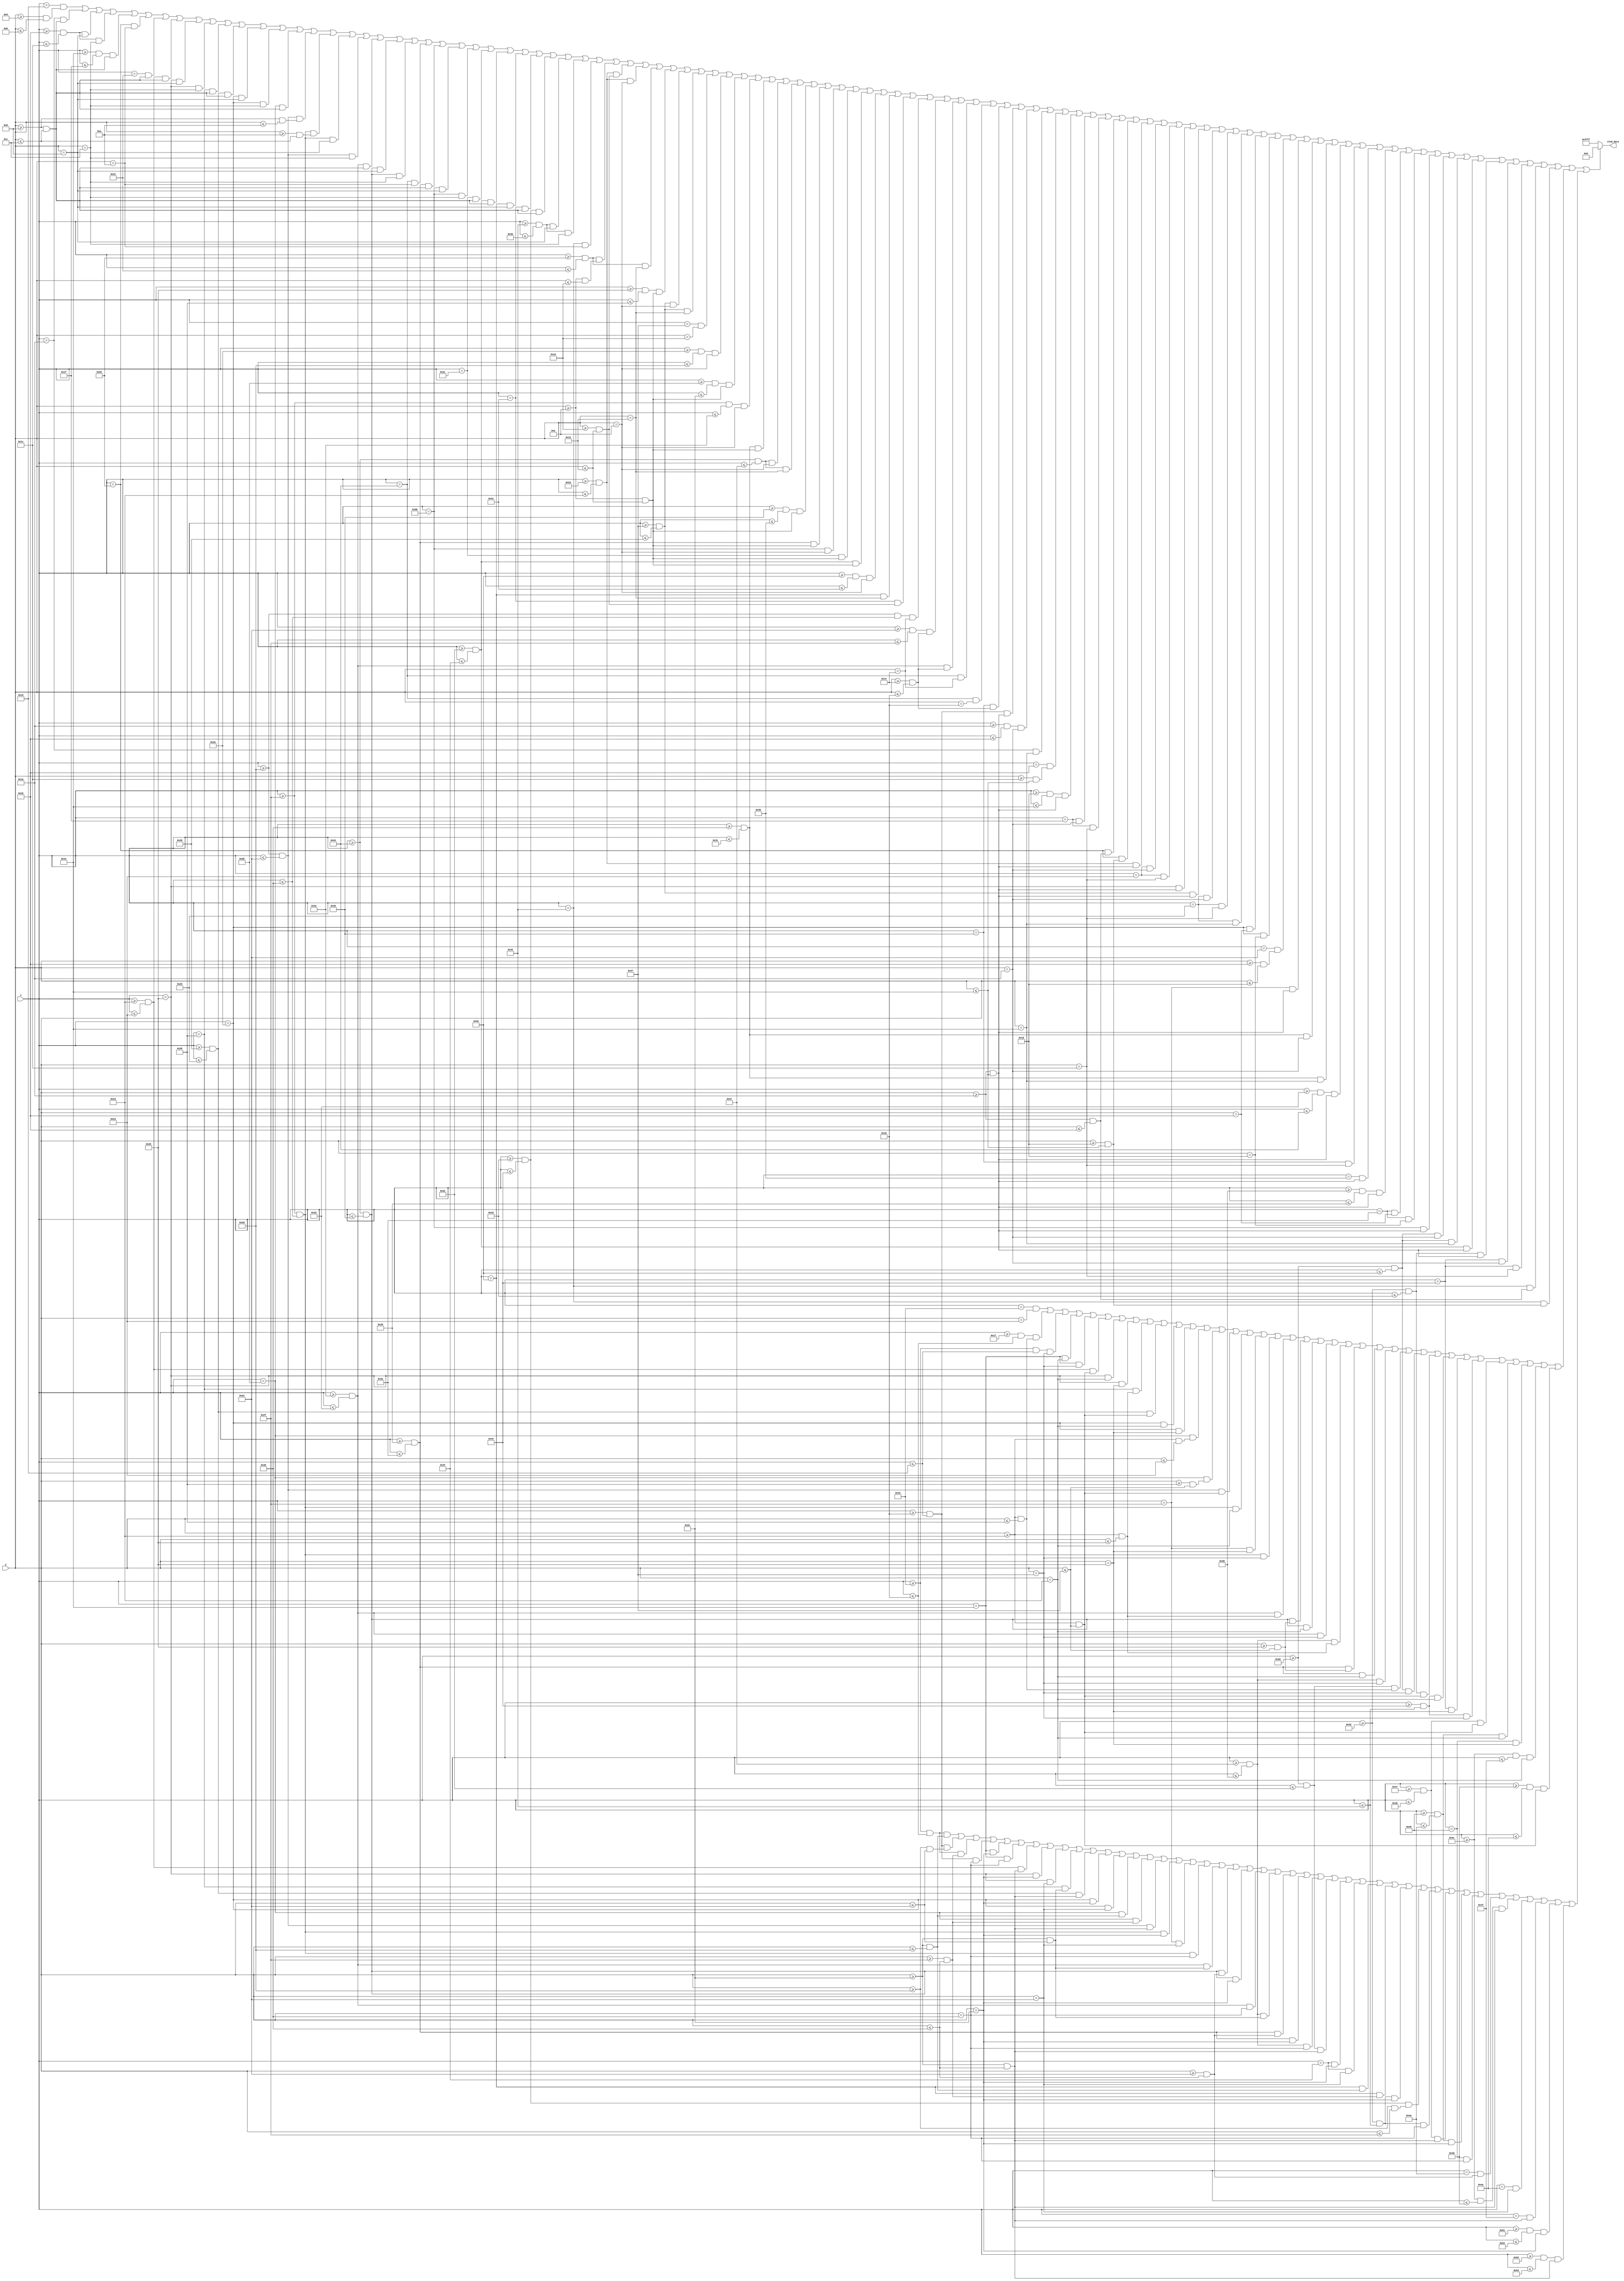
module Settings(
  input [6:0] x,
  input [5:0] y,
  output reg [15:0] oled_data
);

//Define constant as local parameter
//Colour display
localparam GREEN = 16'h07E0;
localparam ORANGE = 16'hFFE0; //Yellow
localparam RED = 16'hF800;
localparam BLACK = 16'h0000;
localparam PURPLE = 16'hF81F;
localparam YELLOW = 16'hFC00;    
localparam BLUE = 16'h001F;
localparam WHITE = 16'hFFFF;
localparam CYAN = 16'hF81F;
localparam MAGENTA = 16'hF81F;
localparam BROWN = 16'h8204;
localparam SKYBLUE = 16'h5FFF;    

    //Choice
    wire ASK = ((x == 25) && (y >= 9 && y <= 11)) || ((x == 26) && (y >= 8 && y <= 12)) || ((x >= 27 && x <= 28) && (y == 8)) || ((x >= 27 && x <= 28) && (y == 12)) ||
               ((x >= 30 && x <= 31) && (y >= 8 && y <= 12)) || ((x == 32) && (y == 10)) || ((x == 33) && (y >= 8 && y <= 12)) ||
               ((x >= 35 && x <= 36) && (y >= 8 && y <= 12)) || ((x == 37) && (y == 8)) || ((x == 37) && (y == 12)) || ((x == 38) && (y >= 8 && y <= 12)) ||
               ((x >= 40 && x <= 41) && (y >= 8 && y <= 12)) || ((x == 42) && (y == 8)) || ((x == 42) && (y == 12)) || ((x == 43) && (y >= 8 && y <= 12)) ||
               ((x >= 45 && x <= 46) && (y >= 8 && y <= 10)) || ((x >= 47 && x <= 48) && (y >= 10 && y <= 12)) || ((x >= 47 && x <= 48) && (y == 8)) || ((x >= 45 && x <= 46) && (y == 12)) ||
               ((x >= 50 && x <= 51) && (y >= 8 && y <= 12)) || ((x >= 52 && x<= 53) && (y == 8)) || ((x >= 52 && x <= 53) && (y == 12)) || ((x == 52) && (y == 10)) ||
               ((x >= 57 && x <= 58) && (y >= 8 && y <= 12)) || ((x == 59) && (y == 8)) || ((x == 59) && (y == 12)) || ((x == 60) && (y >= 8 && y <= 12)) ||
               ((x >= 62 && x <= 63) && (y >= 8 && y <= 12)) || ((x == 64) && (y == 8)) || ((x == 65) && (y >= 8 && y <= 12)) || 
               ((x >= 67 && x <= 68) && (y >= 8 && y <= 12)) || ((x >= 69 && x <= 70) && (y == 8)) || ((x >= 69 && x <= 70) && (y == 12)) || ((x == 69) && (y == 10)) ||
               
               ((x >= 32 && x <= 33) && (y >= 14 && y <= 16)) || ((x >= 34 && x <= 35) && (y >= 16 && y <= 18)) || ((x >= 34 && x <= 35) && (y == 14)) || ((x >= 32 && x <= 33) && (y == 18)) ||
               ((x >= 37 && x <= 38) && (y >= 14 && y <= 18)) || ((x >= 39 && x <= 40) && (y == 14)) || ((x >= 39 && x <= 40) && (y == 18)) || ((x == 39) && (y == 16)) ||
               ((x >= 42 && x <= 45) && (y == 14)) || ((x >= 43 && x <= 44) && (y >= 14 && y <=18)) ||
               ((x >= 47 && x <= 50) && (y == 14)) || ((x >= 48 && x <= 49) && (y >= 14 && y <= 18)) || 
               ((x >= 52 && x <= 55) && (y == 14)) || ((x >= 52 && x <= 55) && (y == 18)) || ((x >= 53 && x <= 54) && (y >= 14 && y <= 18)) ||
               ((x >= 57 && x <= 58) && (y >= 14 && y <= 18)) || ((x == 59 && y == 14)) || ((x == 60) && (y >= 14 && y <= 18)) || 
               ((x >= 62 && x <= 63) && (y >= 14 && y <= 18)) || ((x >= 64 && x <= 65) && (y == 14)) || ((x == 64) && (y == 18)) || ((x == 65) && (y >= 16 && y <= 18)) || 
               
               ((x >= 45 && x <= 48) && (y == 20)) || ((x >= 46 && x <= 47) && (y >= 20 && y <= 24)) ||
               ((x >= 50 && x <= 51) && (y >= 20 && y <= 24)) || ((x == 52) && (y == 20)) || ((x == 52) && (y == 24)) || ((x == 53) && (y >= 20 && y <= 24)) ||
               
               ((x >= 24 && x <= 25) && (y >= 26 && y <= 30)) || ((x >= 26 && x <= 27) && (y == 26)) || ((x == 26) && (y == 30)) || ((x == 27) && (y >= 28 && y <= 30)) ||
               ((x >= 29 && x <= 30) && (y >= 26 && y <= 30)) || ((x == 31) && (y == 26)) || ((x == 31) && (y == 28)) || ((x == 32) && (y >= 26 && y <= 27)) || ((x == 32) && (y >= 29 && y <= 30)) ||
               ((x >= 34 && x <= 35) && (y >= 26 && y <= 30)) || (( x == 36) && (y == 26)) || ((x == 36) && (y == 28)) || ((x == 37) && (y >= 26 && y <= 30)) ||
               ((x >= 39 && x <= 40) && (y >= 26 && y <= 30)) || ((x == 41) && (y == 26)) || ((x == 41) && (y == 28)) || ((x == 41) && (y == 30)) || ((x == 42) && (y == 27)) || ((x == 42) && (y == 29)) ||
                     
               ((x == 46) && (y >= 27 && y <= 29)) || ((x == 47) && (y >= 26 && y <= 30)) || ((x >= 48 && x <= 49) && (y == 26)) || ((x >= 48 && x <= 49) && (y == 30)) ||
               ((x >= 51 && x <= 52) && (y >= 26 && y <= 30)) || ((x == 53) && (y == 28)) || ((x == 54) && (y >= 26 && y <= 30)) ||
               ((x >= 56 && x <= 57) && (y >= 26 && y <= 30)) || ((x == 58) && (y == 27)) || ((x == 58) && (y == 29)) || ((x == 59) && (y >= 26 && y <= 30)) ||
               ((x >= 61 && x <= 64) && (y == 26)) || ((x >= 61 && x <= 64) && (y == 30)) || ((x >= 62 && x <= 63) && (y >= 26 && y <= 30)) ||
               ((x >= 66 && x <= 67) && (y >= 26 && y <= 30)) || ((x == 68) && (y == 26)) || ((x == 68) && (y == 28)) || ((x == 69) && (y >= 26 && y <= 27)) || ((x == 69) && (y >= 29 && y <= 30));
                     
wire one1 = ((x == 22) && (y == 36)) || ((x >= 23 && x <= 24) && (y >= 35 && y <= 38)) || ((x >= 22 && x <= 25) && (y == 39)) || 
            
            ((x == 30) && (y == 35)) || ((x == 30) && (y == 39)) ||
            
            ((x >= 35 && x <= 36) && (y >= 35 && y <= 39)) || ((x == 37) && (y == 35)) || ((x == 37) && (y == 37)) || ((x == 38) && (y >= 35 && y <= 37)) || 
            ((x >= 40 && x <= 41) && (y >= 35 && y <= 39)) || ((x == 42) && (y == 35)) || ((x == 42) && (y == 37)) || ((x == 43) && (y >= 35 && y <= 36)) || ((x == 43) && (y >= 38 && y <= 39)) ||
            ((x >= 45 && x <= 46) && (y >= 35 && y <= 39))|| ((x >= 47 && x <= 48) && (y == 35)) || ((x == 47) && (y == 37)) || ((x >= 47 && x <= 48) && (y == 39)) ||
            ((x >= 50 && x <= 51) && (y >= 35 && y <= 37)) || ((x >= 52 && x <= 53) && (y >= 37 && y <= 39)) || ((x >= 52 && x <= 53) && (y == 35)) || ((x >= 50 && x <= 51) && (y == 39)) ||
            ((x >= 55 && x <= 56) && (y >= 35 && y <= 37)) || ((x >= 57 && x <= 58) && (y >= 37 && y <= 39)) || ((x >= 57 && x <= 58) && (y == 35)) || ((x >= 55 && x <= 56) && (y == 39)) ||
            
            ((x >= 61 && x <= 62) && (y >= 35 && y <= 38)) || ((x >= 61 && x <= 64) && (y == 39)) || 
            ((x >= 66 && x <= 67) && (y >= 35 && y <= 39))|| ((x >= 68 && x <= 69) && (y == 35)) || ((x == 68) && (y == 37)) || ((x >= 68 && x <= 69) && (y == 39)) ||
            ((x >= 71 && x <= 72) && (y >= 35 && y <= 39))|| ((x >= 73 && x <= 74) && (y == 35)) || ((x == 73) && (y == 37)) ||
            ((x >= 76 && x <= 79) && (y == 35)) || ((x >= 77 && x <= 78) && (y >= 35 && y <= 39));  
            
                     
wire two2 = ((x >= 22 && x <= 24) && (y >= 44 && y <= 45)) || ((x >= 24 && x <= 25) && (y >= 45 && y <= 46)) || ((x >= 22 && x <= 24) && (y >= 47 && y <= 48)) || ((x >= 24 && x <= 25) && (y == 48)) ||
            
            ((x == 30) && (y == 44)) || ((x == 30) && (y == 48)) ||
            
            ((x >= 35 && x <= 36) && (y >= 44 && y <= 48)) || ((x == 37) && (y == 44)) || ((x == 37) && (y == 46)) || ((x == 38) && (y >= 44 && y <= 46)) || 
            ((x >= 40 && x <= 41) && (y >= 44 && y <= 48)) || ((x == 42) && (y == 44)) || ((x == 42) && (y == 46)) || ((x == 43) && (y >= 44 && y <= 45)) || ((x == 43) && (y >= 47 && y <= 48)) ||
            ((x >= 45 && x <= 46) && (y >= 44 && y <= 48))|| ((x >= 47 && x <= 48) && (y == 44)) || ((x == 47) && (y == 46)) || ((x >= 47 && x <= 48) && (y == 48)) ||
            ((x >= 50 && x <= 51) && (y >= 44 && y <= 46)) || ((x >= 52 && x <= 53) && (y >= 46 && y <= 48)) || ((x >= 52 && x <= 53) && (y == 44)) || ((x >= 50 && x <= 51) && (y == 48)) ||
            ((x >= 55 && x <= 56) && (y >= 44 && y <= 46)) || ((x >= 57 && x <= 58) && (y >= 46 && y <= 48)) || ((x >= 57 && x <= 58) && (y == 44)) || ((x >= 55 && x <= 56) && (y == 48)) ||
            
            ((x >= 61 && x <= 62) && (y >= 44 && y <= 48)) || ((x == 63) && (y == 44)) || ((x == 63) && (y == 46)) || ((x == 64) && (y >= 44 && y <= 45)) || ((x == 64) && (y >= 47 && y <= 48)) ||
            ((x >= 66 && x <= 69) && (y == 44)) || ((x >= 67 && x <= 68) && (y >= 45 && y <= 47)) || ((x >= 66 && x <= 69) && (y == 48)) ||
            ((x >= 71 && x <= 72) && (y >= 44 && y <= 48)) || ((x >= 73 && x <= 74) && (y == 44)) || ((x == 73) && (y == 48)) || ((x == 74) && (y >= 46 && y <= 48)) ||
            ((x >= 76 && x <= 77) && (y >= 44 && y <= 48)) || ((x == 78) && (y == 46)) || ((x == 79) && (y >= 44 && y <= 48)) || ((x >= 81 && x <= 84) && (y == 44)) || ((x >= 82 && x <= 83) && (y >= 44 && y <= 48));    
                       
    always @ (*) begin
    oled_data = WHITE;
        if (ASK || one1 || two2) begin
            oled_data = BLACK;
        end
    end  
endmodule